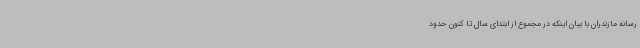
رسانه مازندران با بیان اینکه در مجموع از ابتدای سال تا کنون حدود